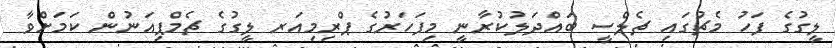
ލީގުގެ ފަހު މެޗުގައި ޗެލްސީ ބައްދަލުކުރާނީ މިފަހަރުގެ ޕްރިމިއަރ ލީގުގެ ޗެމްޕިއަނުން ކަމަށްވާ